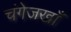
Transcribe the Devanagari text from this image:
चंगेजखाँ